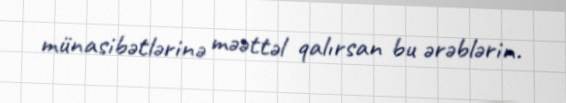
münasibətlərinə məəttəl qalırsan bu ərəblərin.